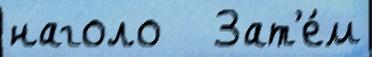
наголо   Зат'е́м